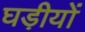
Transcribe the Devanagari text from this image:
घड़ीयों